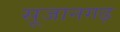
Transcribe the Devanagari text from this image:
सूजानगढ़